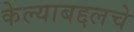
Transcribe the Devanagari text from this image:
केल्याबद्दलचे